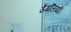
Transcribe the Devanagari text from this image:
उँगलियाँ।